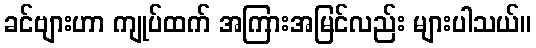
ခင်ဗျားဟာ ကျုပ်ထက် အကြားအမြင်လည်း များပါသယ်။